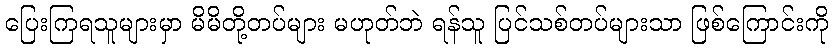
ပြေးကြရသူများမှာ မိမိတို့တပ်များ မဟုတ်ဘဲ ရန်သူ ပြင်သစ်တပ်များသာ ဖြစ်ကြောင်းကို